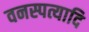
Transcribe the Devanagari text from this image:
वनस्पत्यादि